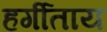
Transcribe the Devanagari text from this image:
हर्गीताय